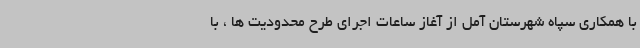
با همکاری سپاه شهرستان آمل از آغاز ساعات اجرای طرح محدودیت ها ، با